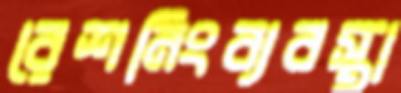
রেশনিংব্যবস্থা